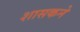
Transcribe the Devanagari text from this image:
शासकने